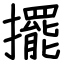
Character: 擺